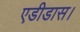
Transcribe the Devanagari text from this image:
एडीडास।